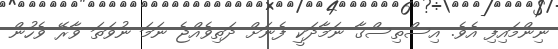
ނިންމައިފި އެވެ. އިސްތިސްގާ ނަމާދަކީ ފެނަށް ދަތިވެއްޖެ ނަމަ ނުވަތަ ވާރޭ ވެހުން